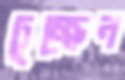
চুচ্ছেন